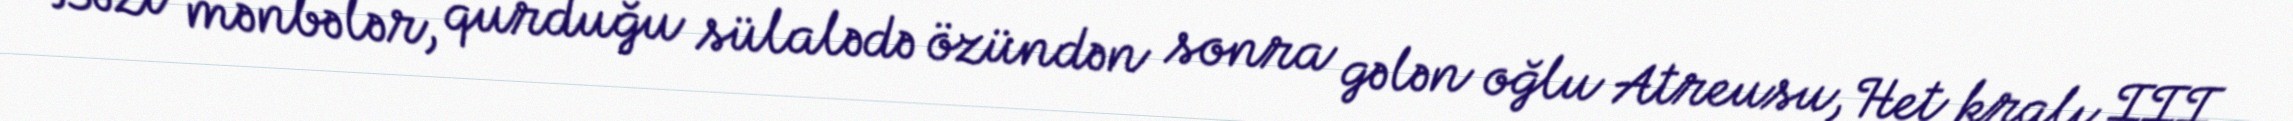
Bəzi mənbələr, qurduğu sülalədə özündən sonra gələn oğlu Atreusu, Het kralı III